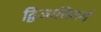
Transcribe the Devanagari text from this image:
द्विजातिवर्ग